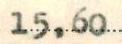
15,60